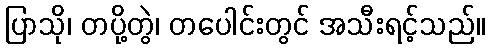
ပြာသို၊ တပို့တွဲ၊ တပေါင်းတွင် အသီးရင့်သည်။